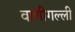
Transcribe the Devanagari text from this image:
वाणीगल्ली